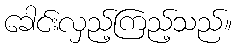
ခေါင်းလှည့်ကြည့်သည်။